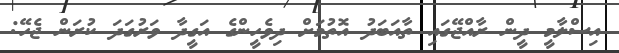
އިސްލާމީ ދީން ރާއްޖޭގައި ތާއަބަދު އޮތުމަށް ދިވެހީންގެ އަގީދާ ވަރުގަދަ ކުރަން ޖެހޭ: